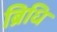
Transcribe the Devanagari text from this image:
ब्रिधि